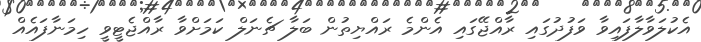
އެކުލަވާލާފައިވާ ވަފުދުގައި ރާއްޖޭގައި އެންމެ ރައްޔިތުން ބަލާ ޗެނަލް ކަމަށްވާ ރާއްޖެޓީވީ ހިމަނާފައެއް